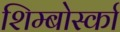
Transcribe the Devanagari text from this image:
शिम्बोर्स्का